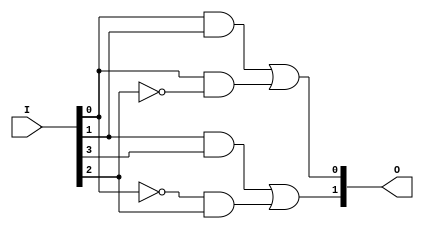
module CLB (
    input wire [N-1:0] I,      // Input lines (I1, I2, ..., In)
    output wire [M-1:0] O      // Output lines (O1, O2, ..., Om)
);
    parameter N = 4;           // Number of inputs
    parameter M = 2;           // Number of outputs
    parameter K = 4;           // Number of product terms

    // Internal signals for product terms
    wire [K-1:0] P;            // Product terms (P1, P2, ..., Pk)

    // AND Plane: Programmable AND gates
    // Example: Each AND gate can take inputs and their complements
    assign P[0] = I[0] & I[1]; // Example product term P1
    assign P[1] = I[0] & ~I[2]; // Example product term P2
    assign P[2] = I[1] & I[3]; // Example product term P3
    assign P[3] = ~I[0] & I[2]; // Example product term P4

    // OR Plane: Programmable OR gates
    // Each output can be programmed to select specific product terms
    assign O[0] = P[0] | P[1]; // Output O1 = P1 OR P2
    assign O[1] = P[2] | P[3]; // Output O2 = P3 OR P4

    // Additional outputs can be added as needed
    // The actual connections would depend on the fuse programming

endmodule